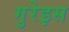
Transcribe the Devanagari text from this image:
गुरेइस